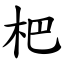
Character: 杷